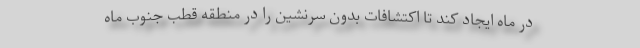
در ماه ایجاد کند تا اکتشافات بدون سرنشین را در منطقه قطب جنوب ماه